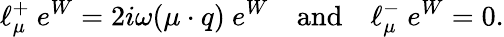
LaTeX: \ell_{\mu}^{+}~e^{W}=2i\omega(\mu\cdot q)~e^{W}\quad\mathrm{and}\quad\ell_{\mu}^{-}~e^{W}=0.